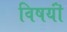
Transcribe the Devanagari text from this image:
विषयॊं